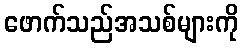
ဖောက်သည်အသစ်များကို